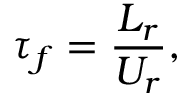
\tau _ { f } = \frac { L _ { r } } { U _ { r } } ,